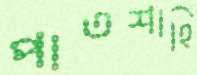
পাতশাহি